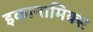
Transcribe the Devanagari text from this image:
इकानामिक्स